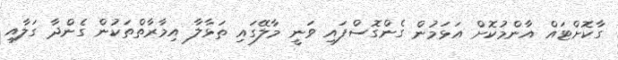
ގާކޮށްޓައް އާންމުކޮށް އަޅަމުން ގެންގޮސްފައި ވަނީ މާލޭގައި ތަޅާލާ އިމާރާތްތަކުން ގެންދާ ގަލާއި